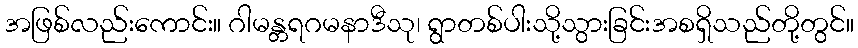
အဖြစ်လည်းကောင်း။ ဂါမန္တရဂမနာဒီသု၊ ရွာတစ်ပါးသို့သွားခြင်းအစရှိသည်တို့တွင်။